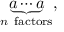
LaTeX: \underbrace { a \cdots a } _ { n { \mathrm { ~ f a c t o r s } } } ,